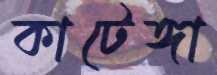
কাটেঙ্গা